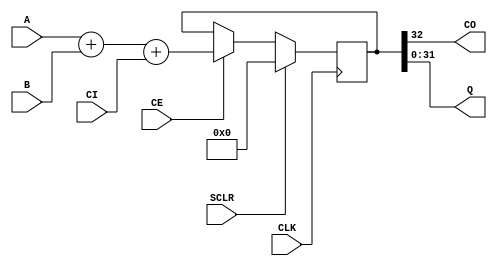
//
//								add32s.v - 36-bit adder
//
//					(C) Copyright 2004-2010 John B. Stephensen
//
// This Verilog source file and all its derivatives are licensed only for
// personal non-profit educational use in the Amateur Radio Service and
// the license is not transferrable. The information is provided as-is for
// experimental purposes and the author does not warranty its freedom
// from defects or its suitability for any specific application.
//
// Infer 32-bit adder with carry in and out instead of instantiating for Spartan-6.
// 32 LUTs and 33 registers used.
//
module add32s(
    input [31:0] A,
    input [31:0] B,
    input CI,
    output CO,
    output [31:0] Q,
    input CLK,
	 input CE,
	 input SCLR
    );
// internal signals
reg [32:0] s;	// includes carry
// adder with carry input and output
always @ (posedge CLK)
	if (SCLR) s <= 0;
	else if (CE) s <= A + B + CI;
// connect outputs
assign Q = s[31:0];
assign CO = s[32];
endmodule